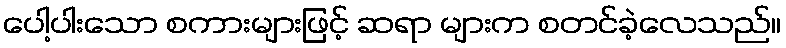
ပေါ့ပါးသော စကားများဖြင့် ဆရာ များက စတင်ခဲ့လေသည်။